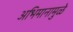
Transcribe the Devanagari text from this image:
अभिमानामुळे